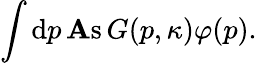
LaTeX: \int\mathrm{d}p\, \mathrm{{\mathbf{A}s}}\, G(p,\kappa)\varphi(p).